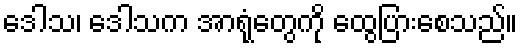
ဒေါသ၊ ဒေါသက အာရုံတွေကို ထွေပြားစေသည်။